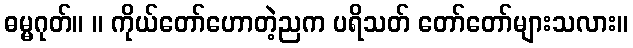
ဓမ္မဂုတ်။ ။ ကိုယ်တော်ဟောတဲ့ညက ပရိသတ် တော်တော်များသလား။